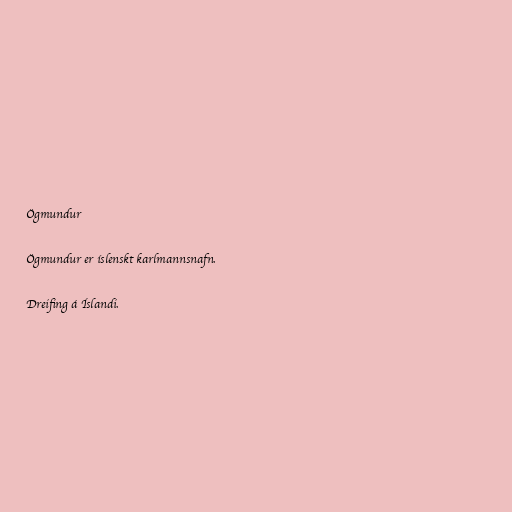
Ögmundur

Ögmundur er íslenskt karlmannsnafn.

Dreifing á Íslandi.